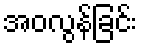
အဝလွန်ခြင်း